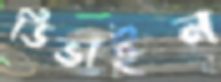
ডিভাইন